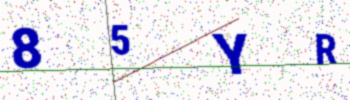
Text: 85YR